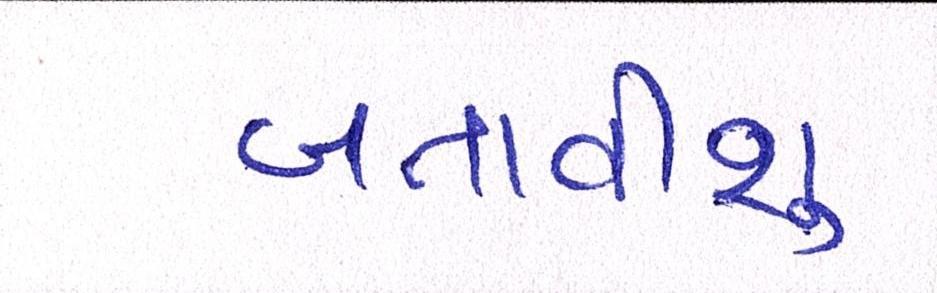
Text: બતાવીશુ